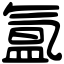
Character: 氲